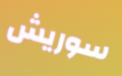
سوريش